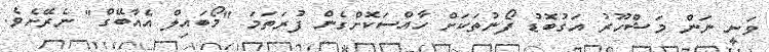
ވަނީ ނަން މަޝްހޫރު އަގުބޮޑު ފޯނުތަކަށް ހާއްސަކޮށްގެން ފުރަތަމަ "މޯބައިލް އެއާބޭގް" ނެރޭށެވެ.